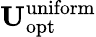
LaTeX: \mathbf{U}_{\mathrm{opt}}^{\mathrm{uniform}}